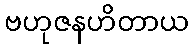
ဗဟုဇနဟိတာယ